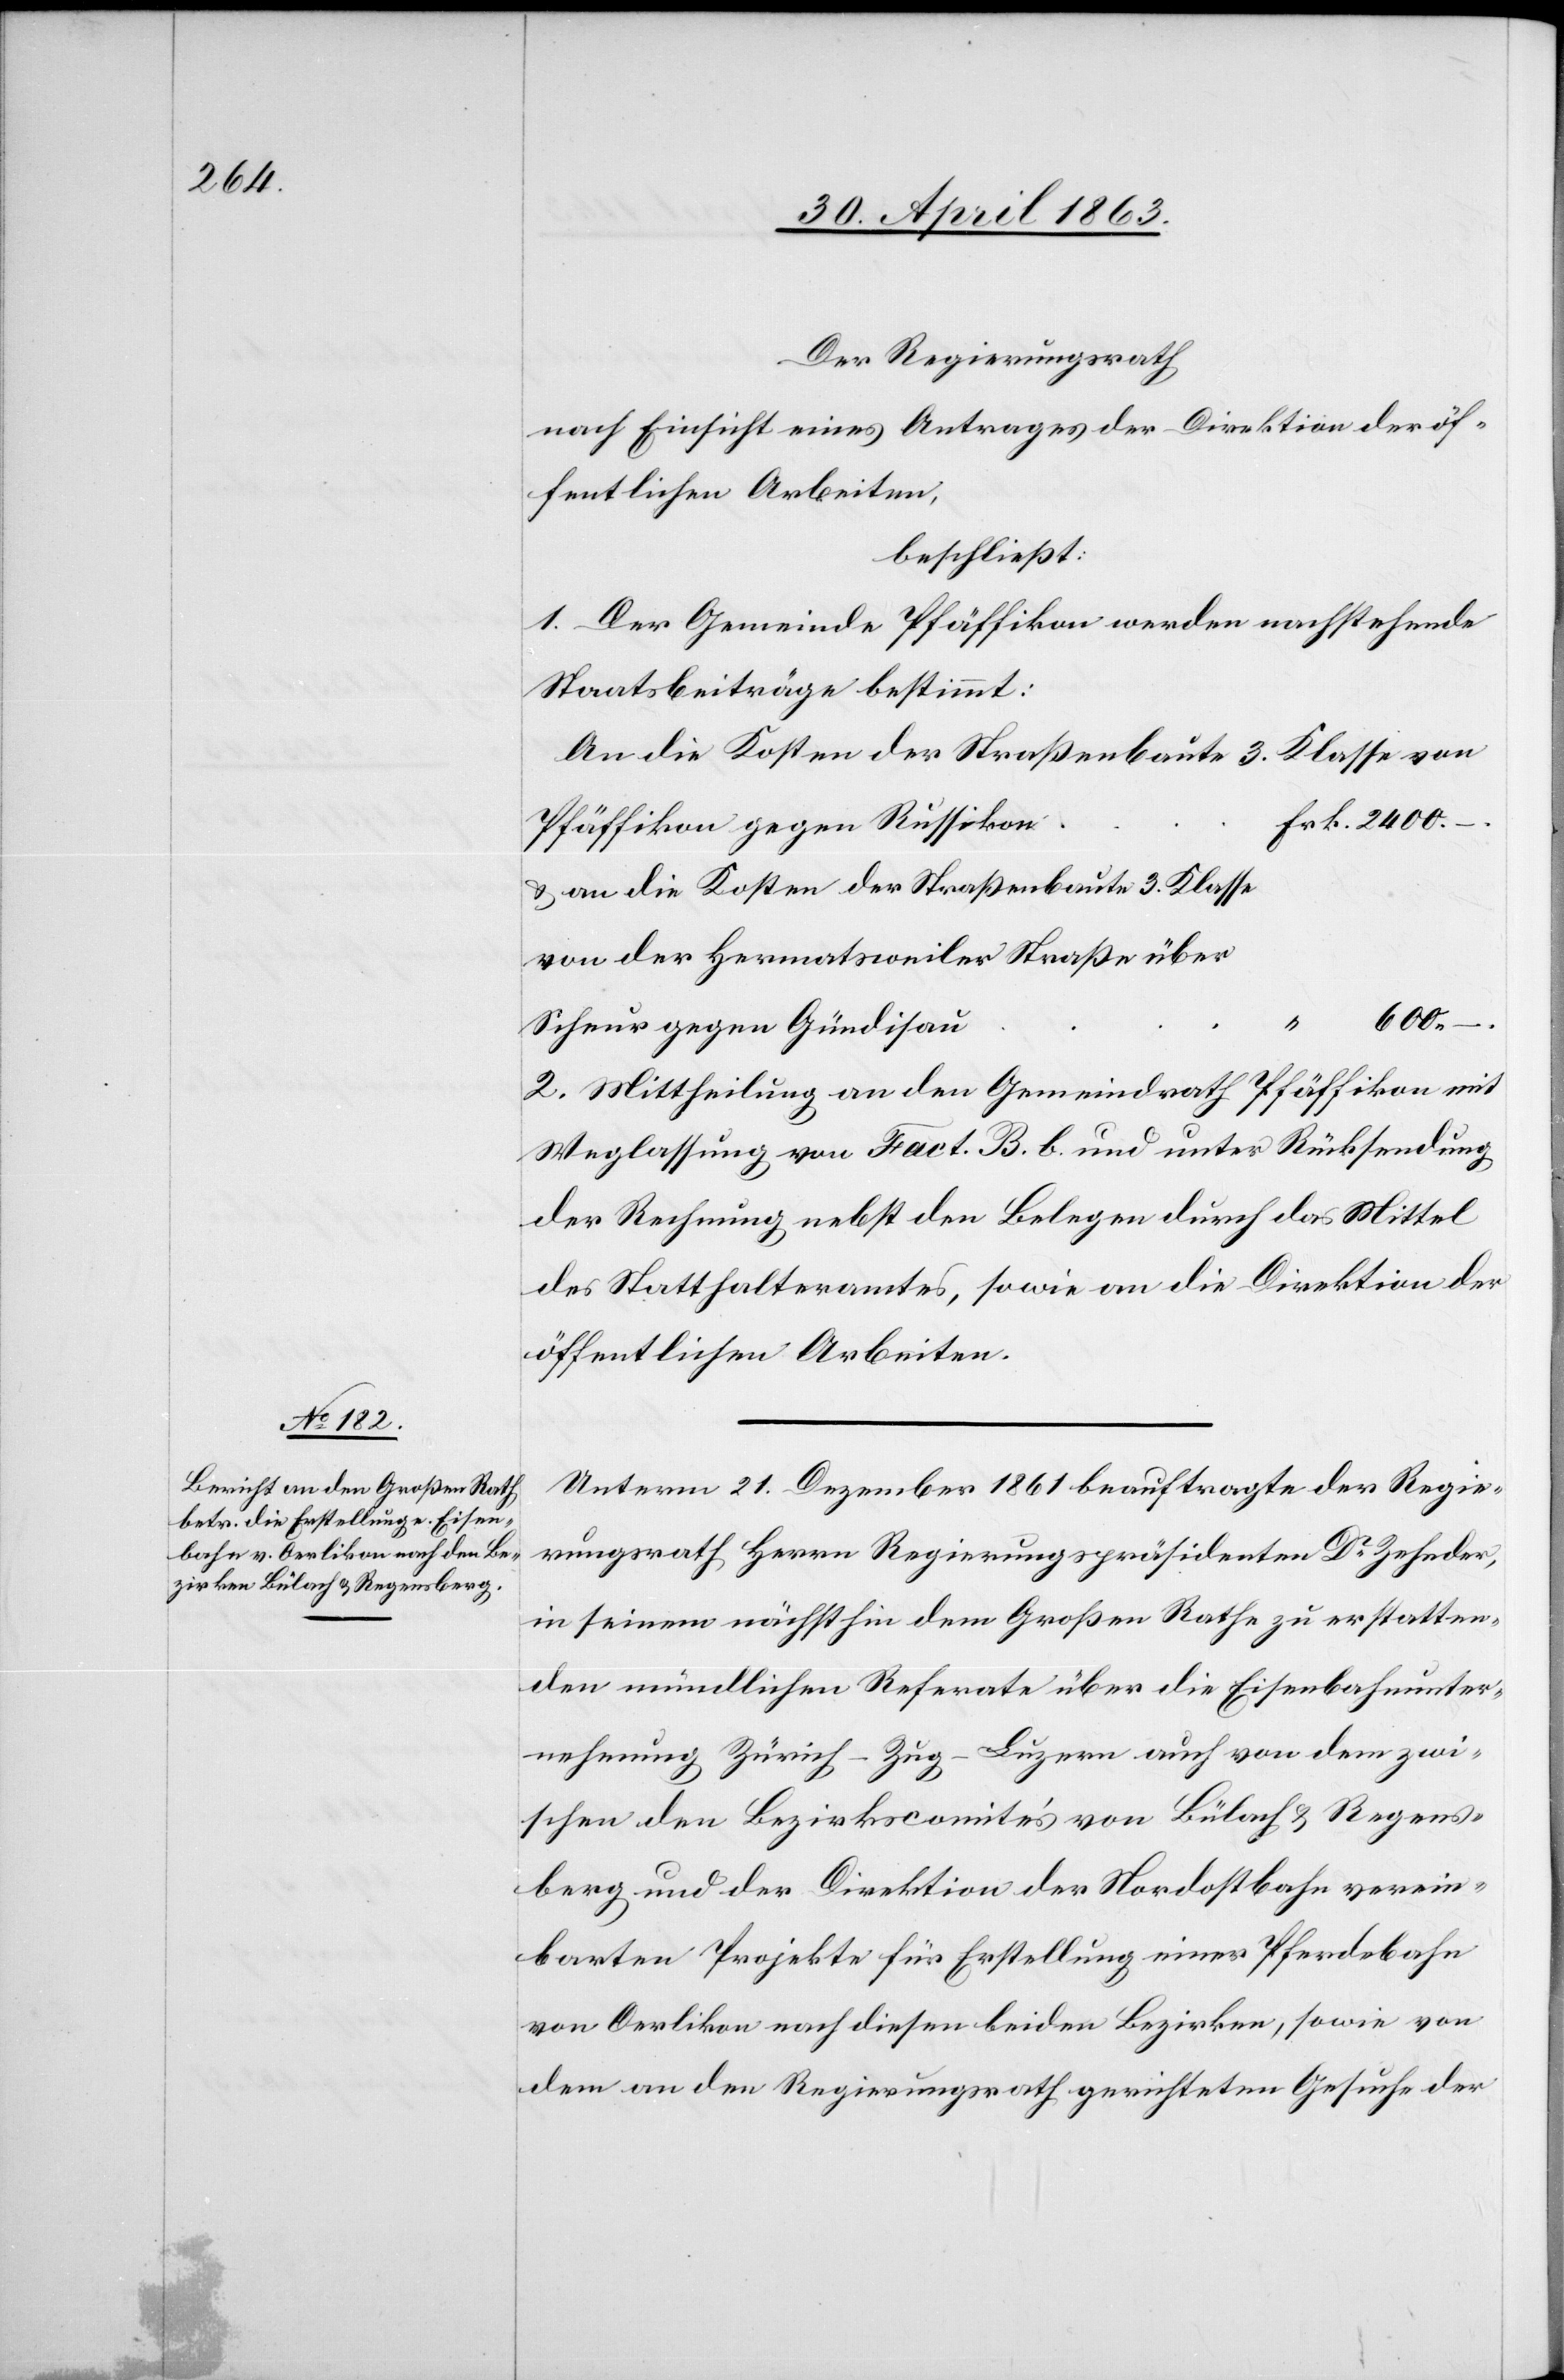
Der Regierungsrath
nach Einsicht eines Antrages der Direktion der öf¬
fentlichen Arbeiten,
beschließt:
1. Der Gemeinde Pfäffikon werden nachstehende
Staatsbeiträge bestimmt:
An die Kosten der Straßenbaute 3.
Klasse von
Pfäffikon gegen Russikon
& an die Kosten der Straßenbaute 3. Klasse
von der Hermatsweiler Straße über
600.
–.
Scheur gegen Gündisau
2. Mittheilung an den Gemeindrath Pfäffikon mit
Weglassung von Fact. B. b. und unter Rücksendung
der Rechnung nebst den Belegen durch das Mittel
des Statthalteramtes, sowie an die Direktion der
öffentlichen Arbeiten.
Unterm 21. Dezember 1861 beauftragte der Regie¬
rungsrath Herrn Regierungspräsidenten Dr Zehnder
in seinem nächsthin dem Großen Rathe zu erstatten¬
den mündlichen Referate über die Eisenbahnunter¬
nehmung Zürich–Zug–Luzern auch von dem zwi¬
schen den Bezirkscomités von Bülach & Regens¬
berg und der Direktion der Nordostbahn verein¬
barten Projekte für Erstellung einer Pferdebahn
von Oerlikon nach diesen beiden Bezirken, sowie von
dem an den Regierungsrath gerichteten Gesuche der